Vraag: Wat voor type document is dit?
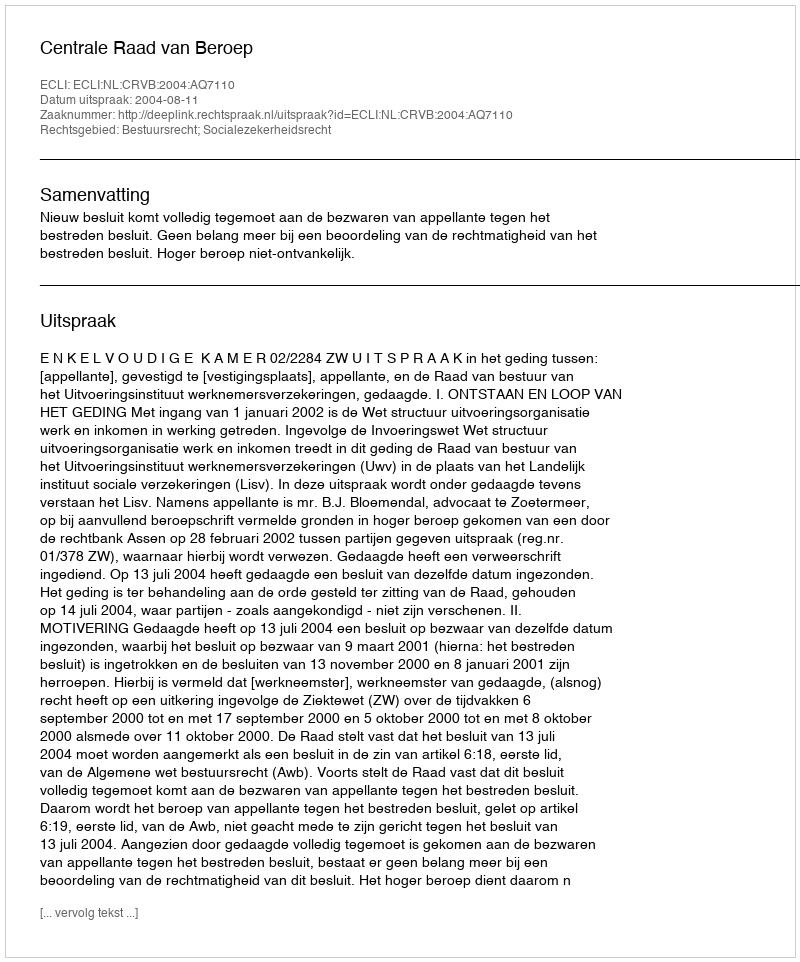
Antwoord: Uitspraak